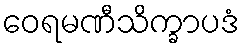
ဝေရမဏီသိက္ခာပဒံ